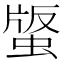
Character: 𧌿